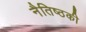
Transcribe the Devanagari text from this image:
नैतिष्ठकी